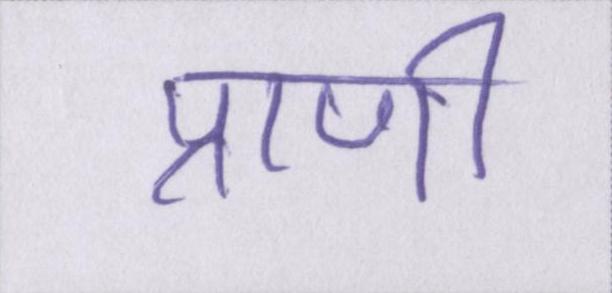
प्राणी